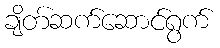
ချိတ်ဆက်ဆောင်ရွက်